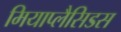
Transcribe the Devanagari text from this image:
मियाप्लैसिडस